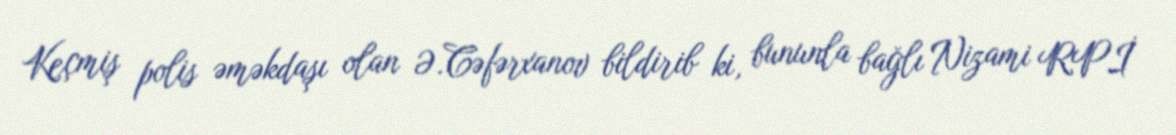
Keçmiş polis əməkdaşı olan Ə.Cəfərxanov bildirib ki, bununla bağlı Nizami RPİ